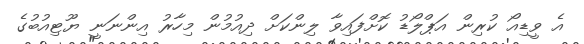
އެ ވީޑިއޯ ކުރިން އަޕްލޯޑު ކޮށްފައިވާ ލިންކަށް ދިއުމުން މިހާރު އިންނަނީ ޔޫޓިއުބުގެ